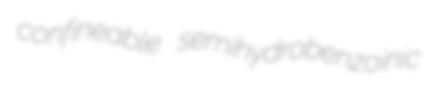
confineable semihydrobenzoinic